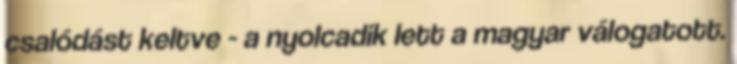
csalódást keltve - a nyolcadik lett a magyar válogatott.